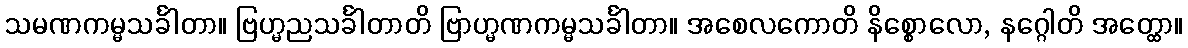
သမဏကမ္မသင်္ခါတာ။ ဗြဟ္မညသင်္ခါတာတိ ဗြာဟ္မဏကမ္မသင်္ခါတာ။ အစေလကောတိ နိစ္စောလော, နဂ္ဂေါတိ အတ္ထော။